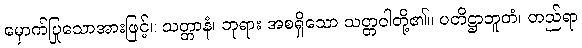
မှောက်ပြုသောအားဖြင့်။ သတ္တာနံ၊ ဘုရား အစရှိသော သတ္တဝါတို့၏။ ပတိဋ္ဌာဘူတံ၊ တည်ရာ